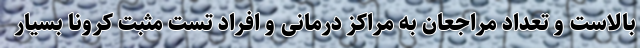
بالاست و تعداد مراجعان به مراکز درمانی و افراد تست مثبت کرونا بسیار